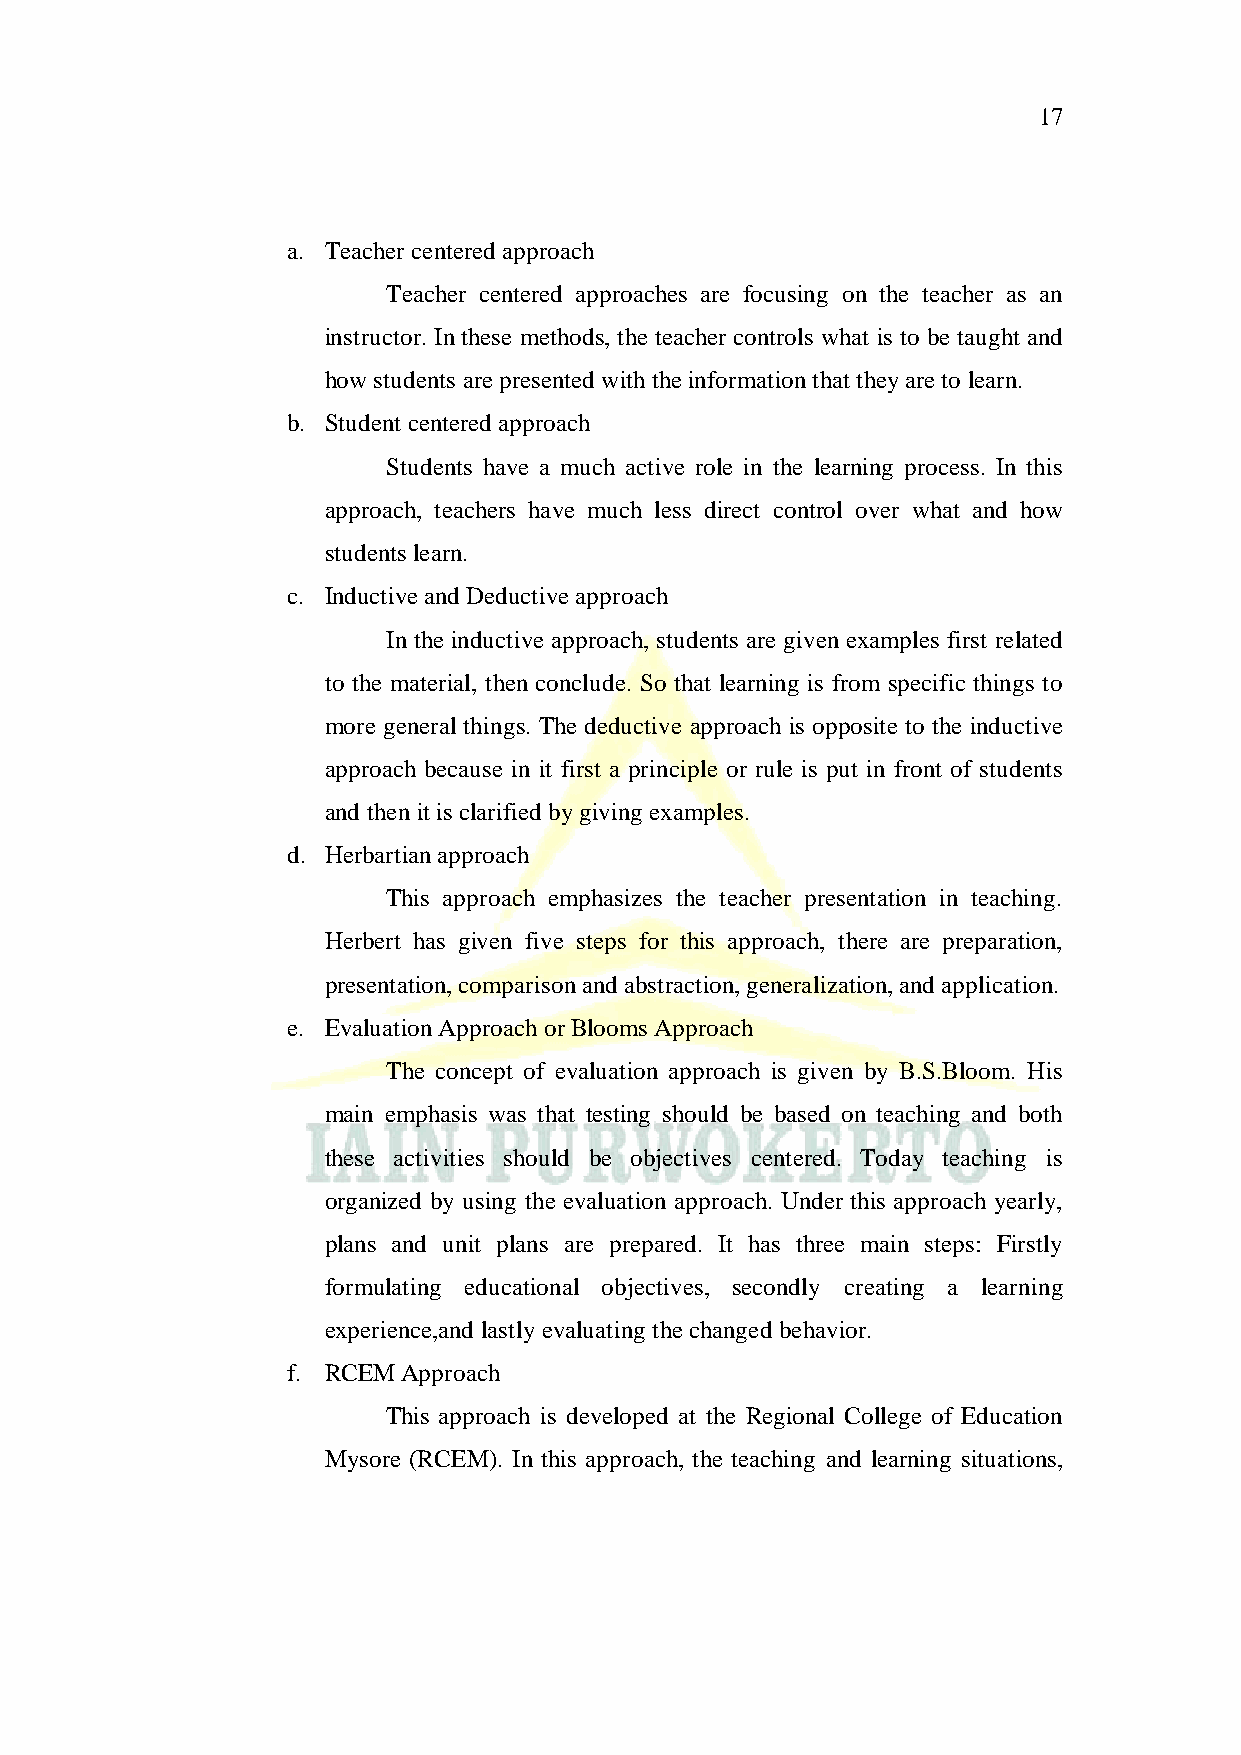
17
 a. Teacher centered approach
 Teacher centered approaches are focusing on the teacher as an
 instructor. In these methods, the teacher controls what is to be taught and
 how students are presented with the information that they are to learn.
 b. Student centered approach
 Students have a much active role in the learning process. In this
 approach, teachers have much less direct control over what and how
 students learn.
 c. Inductive and Deductive approach
 In the inductive approach, students are given examples first related
 to the material, then conclude. So that learning is from specific things to
 more general things. The deductive approach is opposite to the inductive
 approach because in it first a principle or rule is put in front of students
 and then it is clarified by giving examples.
 d. Herbartian approach
 This approach emphasizes the teacher presentation in teaching.
 Herbert has given five steps for this approach, there are preparation,
 presentation, comparison and abstraction, generalization, and application.
 e. Evaluation Approach or Blooms Approach
 The concept of evaluation approach is given by B.S.Bloom. His
 main emphasis was that testing should be based on teaching and both
 these activities should be objectives centered. Today teaching is
 organized by using the evaluation approach. Under this approach yearly,
 plans and unit plans are prepared. It has three main steps: Firstly
 formulating educational objectives, secondly creating a learning
 experience,and lastly evaluating the changed behavior.
 f. RCEM Approach
 This approach is developed at the Regional College of Education
 Mysore (RCEM). In this approach, the teaching and learning situations,